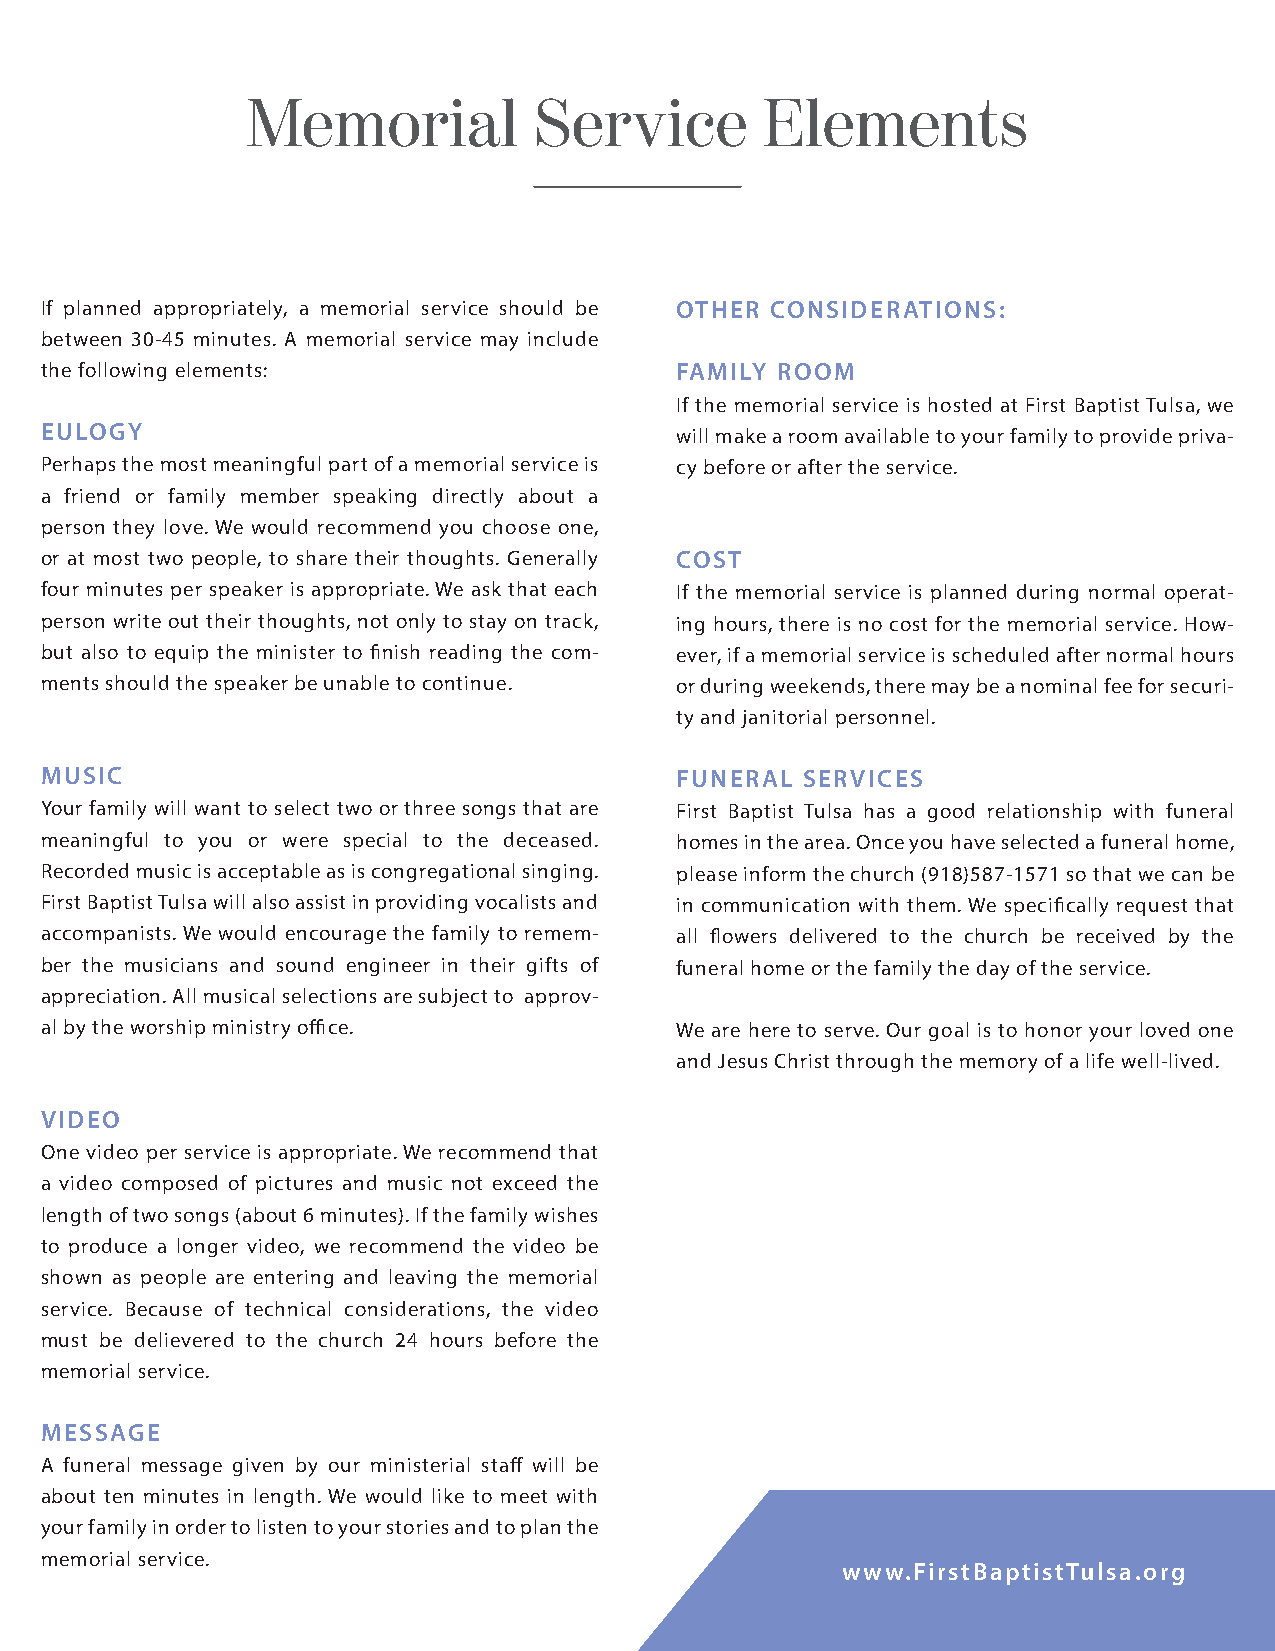
Memorial           Service         Elements
 If planned appropriately, a memorial service should be OTHER CONSIDERATIONS:
 between 30-45 minutes. A memorial service may include
 the following elements:                   FAMILY ROOM
 If the memorial service is hosted at First Baptist Tulsa, we
 EULOGY                                    will make a room available to your family to provide priva-
 Perhaps the most meaningful part of a memorial service is cy before or after the service.
 a friend or family member speaking directly about a
 person they love. We would recommend you choose one,
 or at most two people, to share their thoughts. Generally COST
 four minutes per speaker is appropriate. We ask that each If the memorial service is planned during normal operat-
 person write out their thoughts, not only to stay on track, ing hours, there is no cost for the memorial service. How-
 but also to equip the minister to finish reading the com- ever, if a memorial service is scheduled after normal hours
 ments should the speaker be unable to continue. or during weekends, there may be a nominal fee for securi-
 ty and janitorial personnel.
 MUSIC                                     FUNERAL SERVICES
 Your family will want to select two or three songs that are First Baptist Tulsa has a good relationship with funeral
 meaningful to you or were special to the deceased. homes in the area. Once you have selected a funeral home,
 Recorded music is acceptable as is congregational singing. please inform the church (918)587-1571 so that we can be
 First Baptist Tulsa will also assist in providing vocalists and in communication with them. We specifically request that
 accompanists. We would encourage the family to remem- all flowers delivered to the church be received by the
 ber the musicians and sound engineer in their gifts of funeral home or the family the day of the service.
 appreciation. All musical selections are subject to approv-
 al by the worship ministry office.        We are here to serve. Our goal is to honor your loved one
 and Jesus Christ through the memory of a life well-lived.
 VIDEO
 One video per service is appropriate. We recommend that
 a video composed of pictures and music not exceed the
 length of two songs (about 6 minutes). If the family wishes
 to produce a longer video, we recommend the video be
 shown as people are entering and leaving the memorial
 service. Because of technical considerations, the video
 must be delievered to the church 24 hours before the
 memorial service.
 MESSAGE
 A funeral message given by our ministerial staff will be
 about ten minutes in length. We would like to meet with
 your family in order to listen to your stories and to plan the
 memorial service.
 www.FirstBaptistTulsa.org